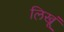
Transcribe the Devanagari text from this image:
लिखूं